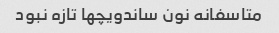
متاسفانه نون ساندویچها تازه نبود